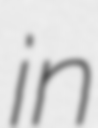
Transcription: in